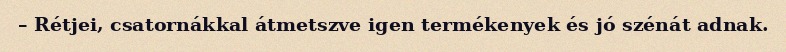
– Rétjei, csatornákkal átmetszve igen termékenyek és jó szénát adnak.